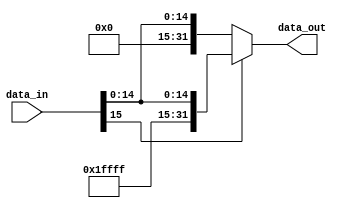
module SignExtend(data_out, data_in);

  output reg [31:0] data_out;
  input [15:0] data_in;

  always@(*) begin
    if(data_in[15] == 1'b1) begin
      data_out = {16'hFFFF, data_in};
    end
    else begin
      data_out = {16'b0, data_in};
    end
  end


endmodule